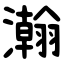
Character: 瀚